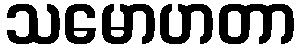
သမောဟတာ